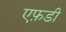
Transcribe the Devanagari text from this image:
एफ़डी